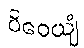
ပိဝေယျံ